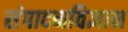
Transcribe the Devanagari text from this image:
संपादनविज्ञान